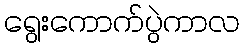
ရွေးကောက်ပွဲကာလ